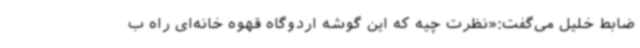
ضابط خلیل می‌گفت:«نظرت چیه که این گوشه اردوگاه قهوه خانه‌ای راه ب